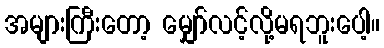
အများကြီးတော့ မျှော်လင့်လို့မရဘူးပေါ့။